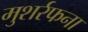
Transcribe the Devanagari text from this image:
मुशर्रफना